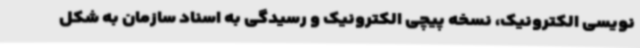
نویسی الکترونیک، نسخه پیچی الکترونیک و رسیدگی به اسناد سازمان به شکل